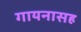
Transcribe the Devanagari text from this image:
गायनासह